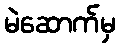
မဲဆောက်မှ